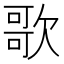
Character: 歌